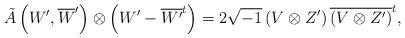
LaTeX: \begin{align*} \tilde{A}\left(W',\overline{W}'\right) \otimes\left(W'-\overline{W'}^{t}\right)=2\sqrt{-1}\left(V\otimes Z'\right)\overline{\left(V\otimes Z'\right)}^{t}, \end{align*}